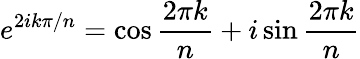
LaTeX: e^{2ik\pi/n}=\cos{\frac{2\pi k}{n}}+i\sin{\frac{2\pi k}{n}}